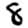
Digit: 8